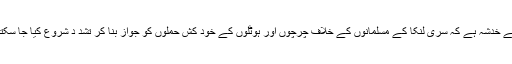
اس لئے خدشہ ہے کہ سری لنکا کے مسلمانوں کے خلاف چرچوں اور ہوٹلوں کے خود کش حملوں کو جواز بنا کر تشد د شروع کیا جا سکتا ہے۔